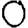
Digit: 0